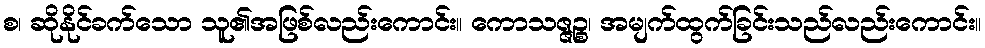
စ၊ ဆိုနိုင်ခက်သော သူ၏အဖြစ်လည်းကောင်း။ ကောသဇ္ဇဉ္စ၊ အမျက်ထွက်ခြင်းသည်လည်းကောင်း။